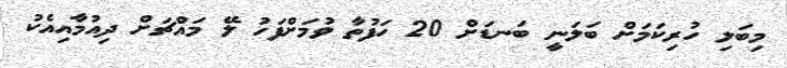
މިބަލި ހުރިކަމަށް ބަލަނީ ބަނޑަށް 20 ހަފުތާ ވުމަށްފަހު ލޭ މައްޗަށް ދިއުމާއިއެކު